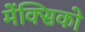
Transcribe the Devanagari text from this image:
मेंक्सिको